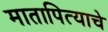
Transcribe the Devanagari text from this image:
मातापित्याचे